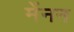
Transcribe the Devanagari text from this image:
मेंनन